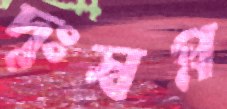
দুঃস্বপ্ন